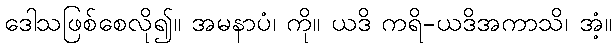
ဒေါသဖြစ်စေလို၍။ အမနာပံ၊ ကို။ ယဒိ ကရိ-ယဒိအကာသိ၊ အံ့။